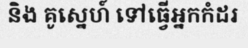
និង គូស្នេហ៍ ទៅធ្វើអ្នកកំដរ